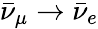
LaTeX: \bar{\nu}_{\mu}\to\bar{\nu}_{e}